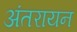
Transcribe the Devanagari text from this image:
अंतरायन